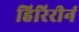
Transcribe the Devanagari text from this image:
हिरिरीनं